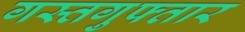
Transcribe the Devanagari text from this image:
गस्तगुफ्तार